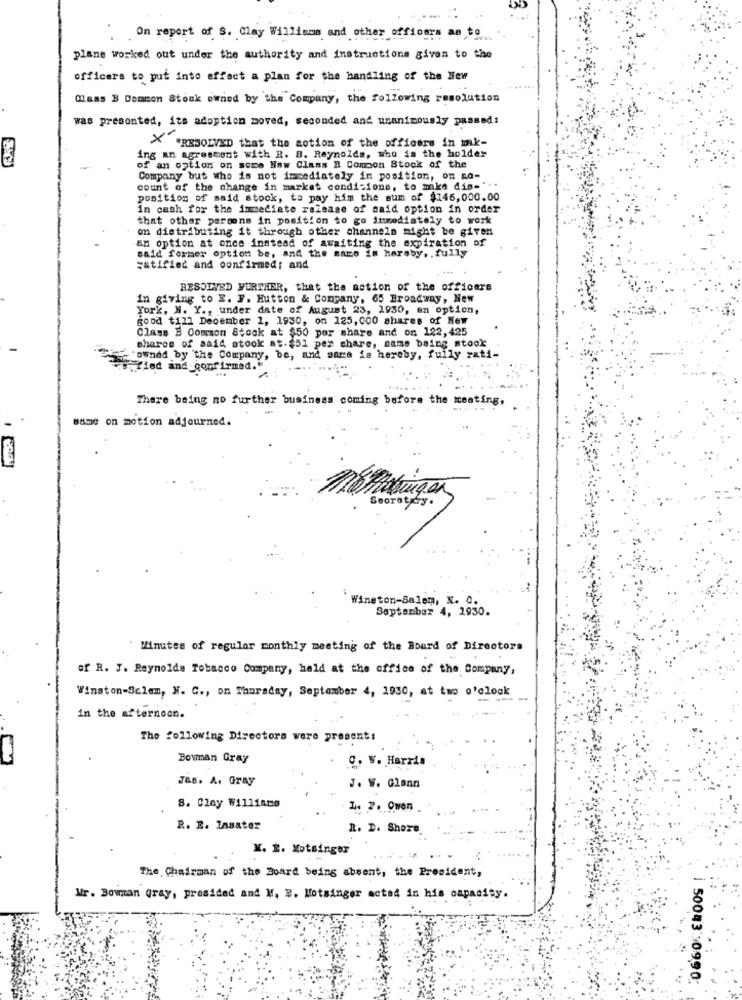
On report of S. Clay Williams and other officers as to
plane worked out under the authority and instructions given to the
officers to put into effect a plan for the handling of the New
Class B Common Stock owned by the Company, the following resolution
was presented, its adoption moved, seconded and unanimously passed:
"RESOLVED that the notion of the officers in mak-
13
ing an agressent with R. B. Reynolds, who is the holder
of an option on some New Class B Common Stock of the
Company but who is not immediately in position, om no-
count of the change in market conditions, to make dis="".
position of said stock, to pay him the sum of $146,000.00
in cash for the immediate release of said option in order
that other persons in position to go immediately to work
. on distributing it through other channels might be given
an option at once instead of awaiting the expiration of
said former option be, and the same is hereby. . fully
satified and confirmed: and
RESOLVED FURTHER, that the nation of the officers
in giving to E. F. Hutton & Company, 65 Broadway, New
York, N. Y ., under date of August 23, 1930, an option,
good till December 1, 1930, on 125, 000 shares of New
Class B Common Stock at $50 per share and on 122,425
shares of said stook at.$51 per share, mame being stook
"owned by 'the Company, be, and sare ia hereby, fully rati-
Tied and confirmed."
There being no further business coming before the meeting,
Babe on motion adjourned.
Socratey.
Winston-Salem, N. C.
September 4, 1930.
"Minutes of regular monthly meeting of the Board of Directors
of R. J. Reynolds Tobacco Company, held at the office of the Company,
Winston-Salem, N. C ., on Thursday, September 4, 1930, at two o'clock
in the afternoon.
The following Directors were present:
Bovman Gray
C. V. Harris
J&B. A. Gray
J. W. Glenn
8. Clay Williams
1. 2. Owon
R. E. Insater
R. D. Shore
Y. E. Motsinger
The Chairman of the Board being absent, the President,
Mr. Bowman gray, presided and M. E. Notsinger acted in his capacity.
50043 :0990